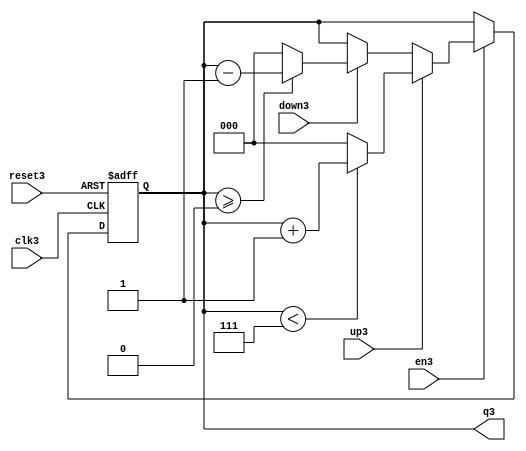
`timescale 1ns / 1ps
//////////////////////////////////////////////////////////////////////////////////
// Company: 
// Engineer: 
// 
// Design Name: 
// Module Name:    contador_3_bits 
// Project Name: 
// Target Devices: 
// Tool versions: 
// Description: 
//
// Dependencies: 
//
// Revision: 
// Revision 0.01 - File Created
// Additional Comments: 
//
//////////////////////////////////////////////////////////////////////////////////
module contador_3_bits(
		input wire clk3,
		input wire reset3,
		input wire en3,
		input wire up3,
		input wire down3,
		output wire [2:0] q3
		
    );


//Signal Declarations
reg [2:0] q_act3, q_next3;


//Body of "state" registers
always@(posedge clk3,posedge reset3)
begin
	if(reset3) begin
		q_act3 <= 3'b0; end
	else
		q_act3 <= q_next3;
end
//Specified functions of the counter 		
always@*
begin
	if(en3)
	begin
		if(up3) 
			begin
				if(q3 < 3'd7) 
				begin
					q_next3 = q_act3 + 3'b1;
				
				end
				else 
					q_next3 = 3'b0;
			end
		else if(down3)
			begin
				if (q3 >= 3'b0) 
					begin				
						q_next3 = q_act3 - 3'sb1;
					end
				else 
					q_next3=3'b0;		
			end
		else 
			q_next3 = q_act3;
	end
	else 
		q_next3 = q_act3;


end

assign q3 = q_act3;
 
endmodule